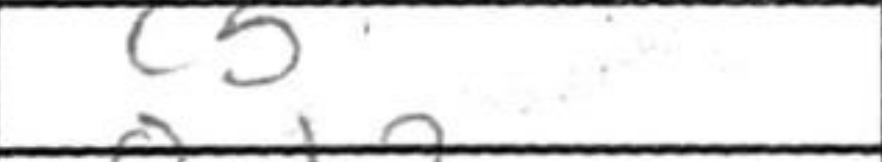
Transcription: c5